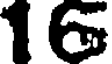
16